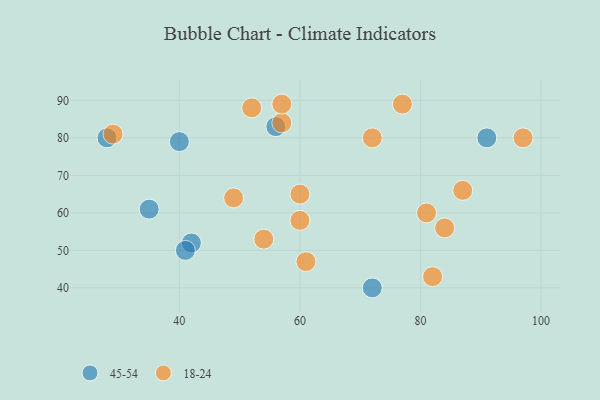
{"axis": {"x": "GDP", "y": "Life Expectancy"}, "legend": ["18-24", "45-54"], "data": [{"x": "28", "y": 80, "type": "45-54"}, {"x": "42", "y": 52, "type": "45-54"}, {"x": "91", "y": 80, "type": "45-54"}, {"x": "41", "y": 50, "type": "45-54"}, {"x": "35", "y": 61, "type": "45-54"}, {"x": "72", "y": 40, "type": "45-54"}, {"x": "56", "y": 83, "type": "45-54"}, {"x": "40", "y": 79, "type": "45-54"}, {"x": "97", "y": 80, "type": "18-24"}, {"x": "72", "y": 80, "type": "18-24"}, {"x": "29", "y": 81, "type": "18-24"}, {"x": "60", "y": 65, "type": "18-24"}, {"x": "60", "y": 58, "type": "18-24"}, {"x": "49", "y": 64, "type": "18-24"}, {"x": "57", "y": 84, "type": "18-24"}, {"x": "87", "y": 66, "type": "18-24"}, {"x": "61", "y": 47, "type": "18-24"}, {"x": "54", "y": 53, "type": "18-24"}, {"x": "82", "y": 43, "type": "18-24"}, {"x": "77", "y": 89, "type": "18-24"}, {"x": "52", "y": 88, "type": "18-24"}, {"x": "84", "y": 56, "type": "18-24"}, {"x": "57", "y": 89, "type": "18-24"}, {"x": "81", "y": 60, "type": "18-24"}]}